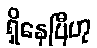
ရှိနေပြီဟု